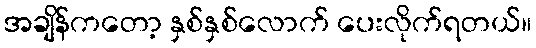
အချိန်ကတော့ နှစ်နှစ်လောက် ပေးလိုက်ရတယ်။